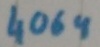
Text: 4069